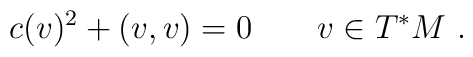
c(v)^2+(v,v)=0\qquad v\in T^*M\ .